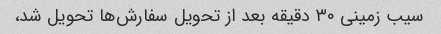
سیب زمینی ۳۰ دقیقه بعد از تحویل سفارش‌ها تحویل شد،